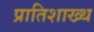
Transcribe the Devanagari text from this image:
प्रातिशाख्थ